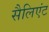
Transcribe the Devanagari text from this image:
सैलिएंट